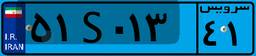
۵۱S۰۱۳۴۱